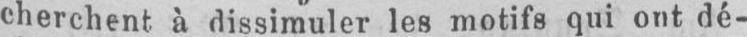
cherchent à dissimuler les motifs qui ont dé-